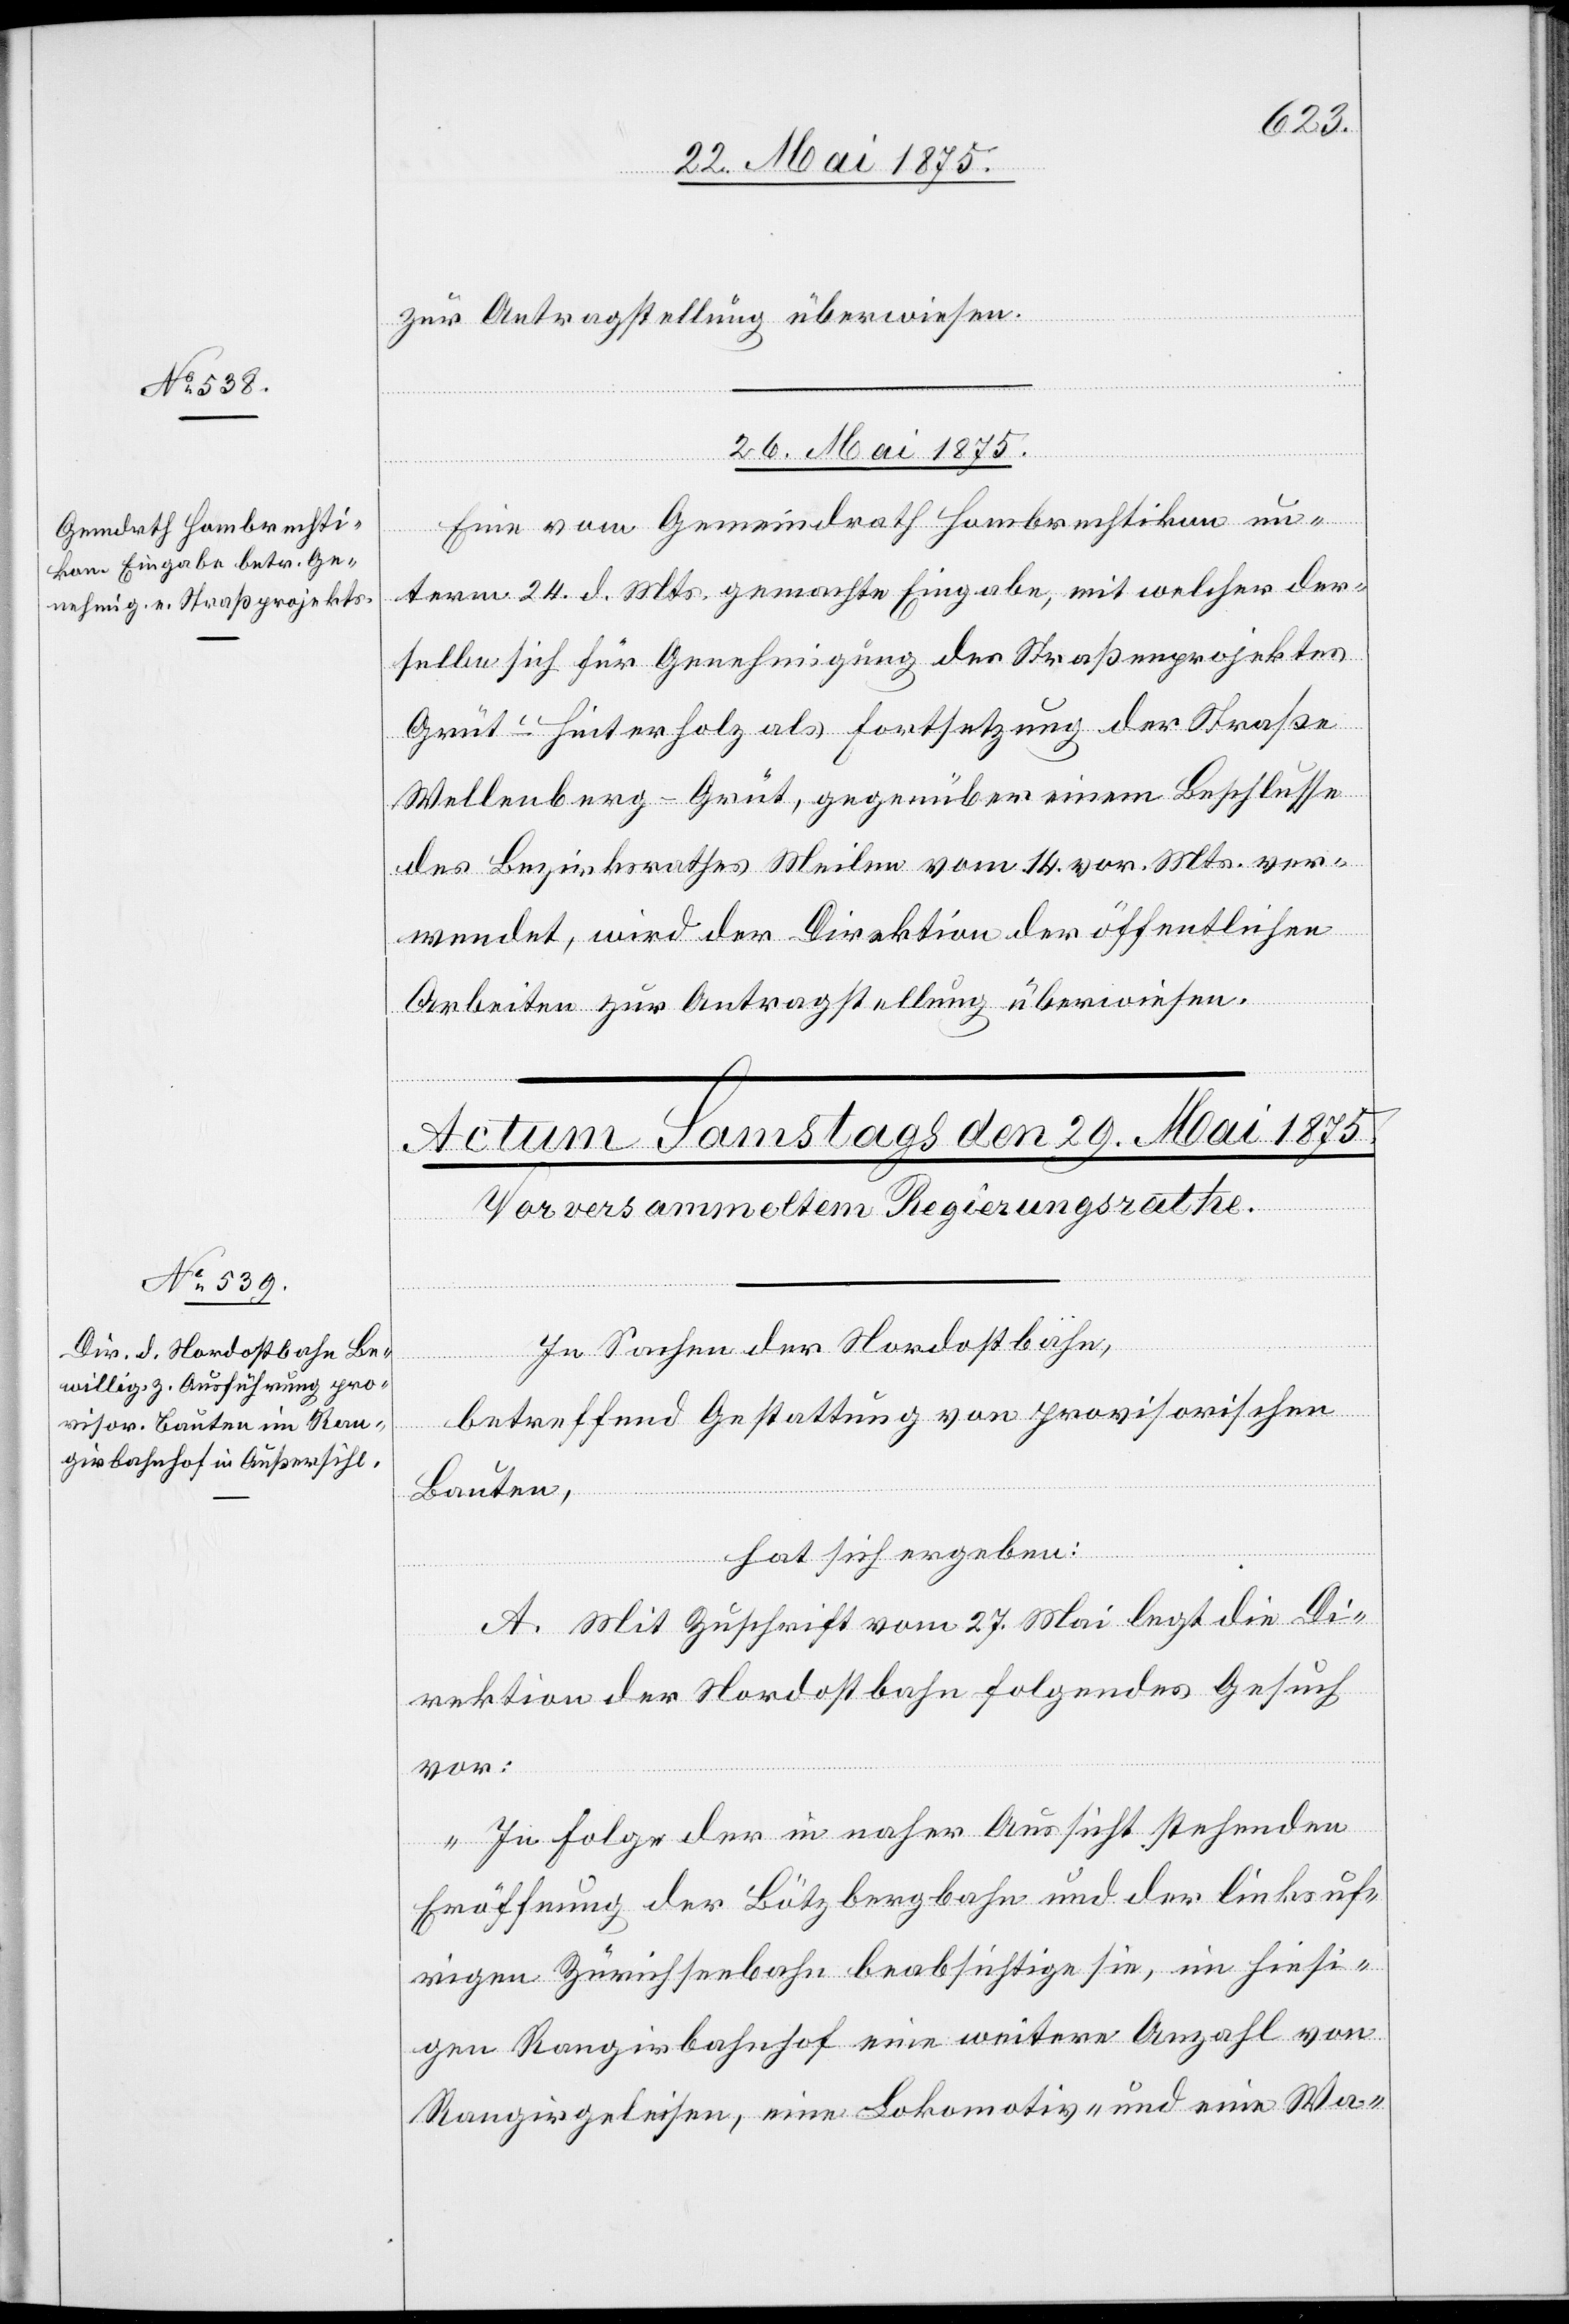
zur Antragstellung überwiesen.
26. Mai 1875.
Eine vom Gemeindrath Hombrechtikon un¬
term 24. d. Mts. gemachte Eingabe, mit welcher der¬
selbe sich für Genehmigung des Straßenprojektes
Grüt–Heiterholz als Fortsetzung der Straße
Wellenberg–Grüt, gegenüber einem Beschlusse
des Bezirksrathes Meilen vom 14. vor. Mts. ver¬
wendet, wird der Direktion der öffentlichen
Arbeiten zur Antragstellung überwiesen.
In Sachen der Nordostbahn,
betreffend Gestattung von provisorischen
Bauten,
hat sich ergeben:
A. Mit Zuschrift vom 27. Mai legt die Di¬
rektion der Nordostbahn folgendes Gesuch
vor:
„In Folge der in naher Aussicht stehenden
Eröffnung der Bötzbergbahn und der linksuf¬
rigen Zürichseebahn beabsichtige sie, im hiesi¬
gen Rangirbahnhof eine weitere Anzahl von
Rangirgeleisen, eine Lokomotiv- und eine Wa-